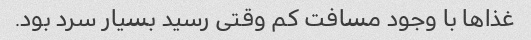
غذاها با وجود مسافت کم وقتی رسید بسیار سرد بود.